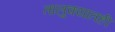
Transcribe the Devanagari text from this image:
तालुक्‍यातही